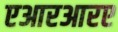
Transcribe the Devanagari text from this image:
एआरआरए